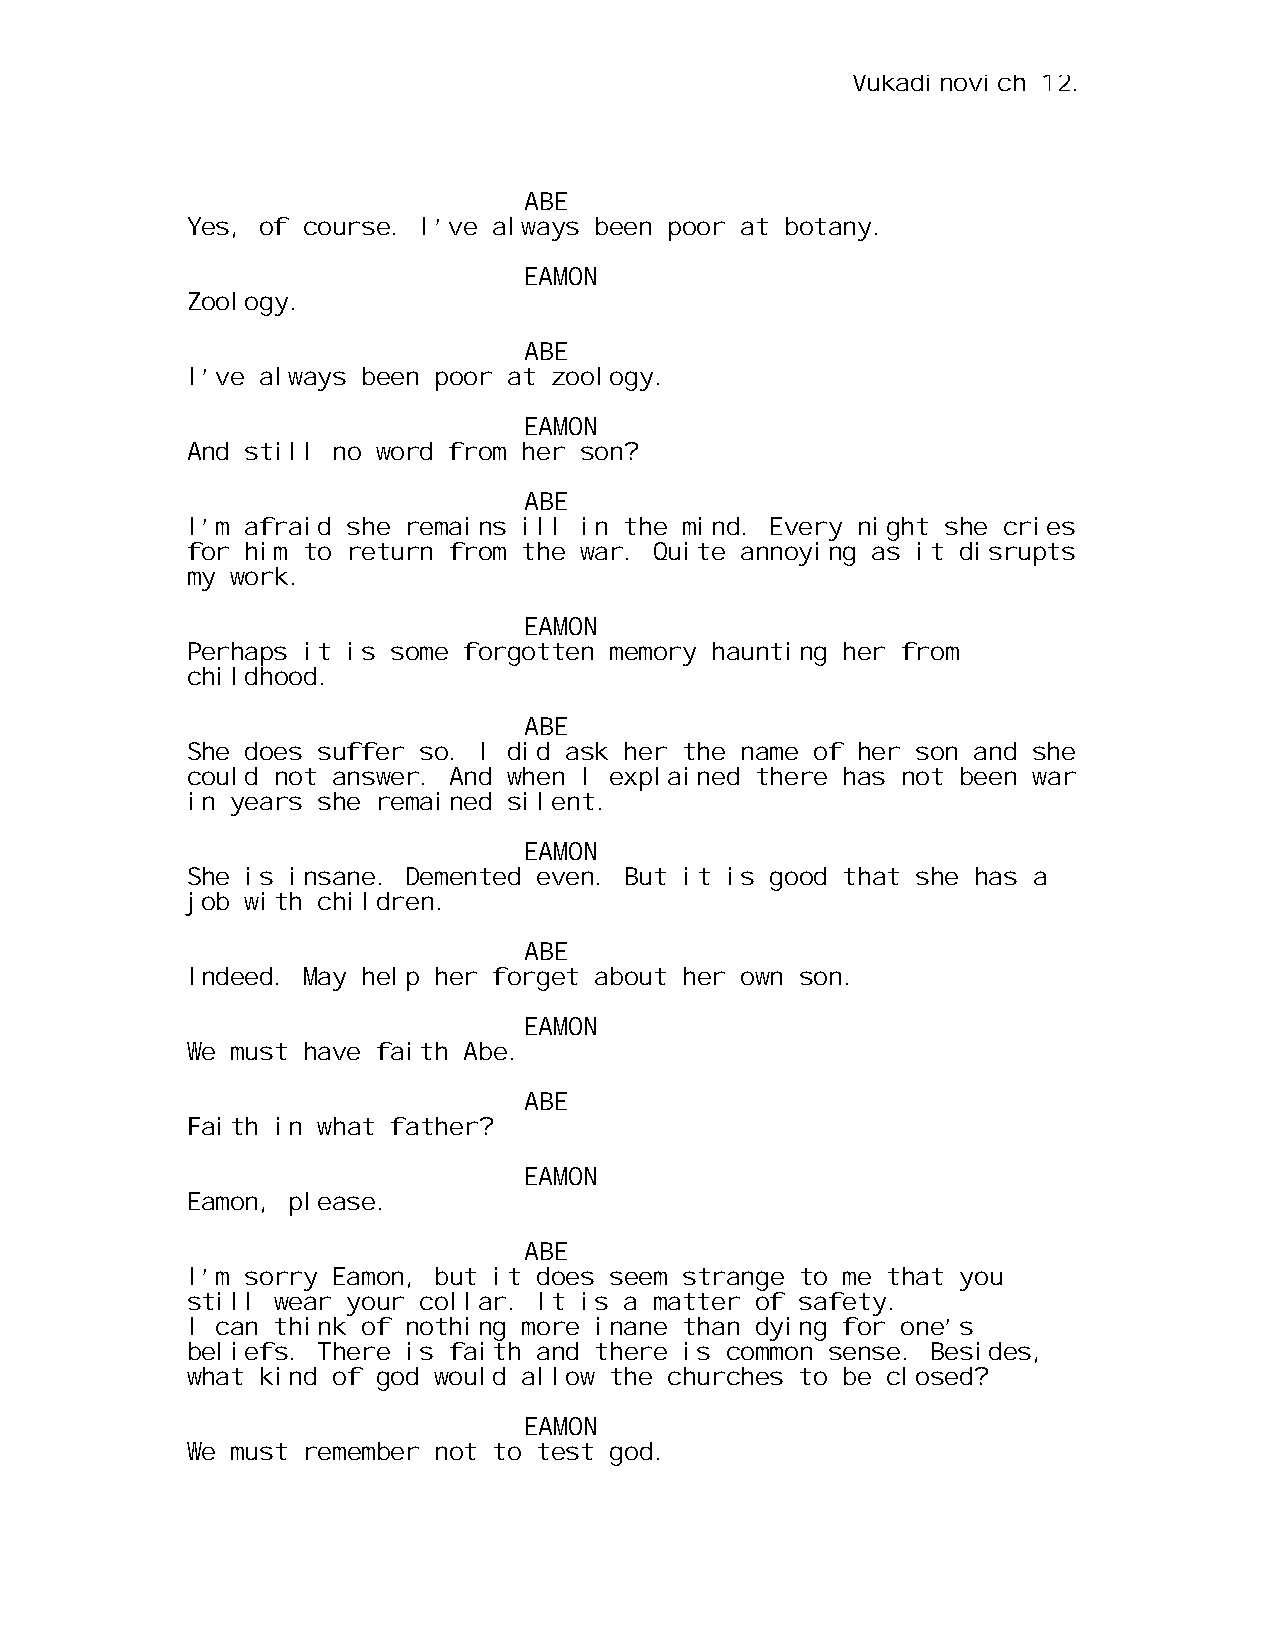
Vukadinovich 12.
 ABE
 Yes, of course. I’ve always been poor at botany.
 EAMON
 Zoology.
 ABE
 I’ve always been poor at zoology.
 EAMON
 And still no word from her son?
 ABE
 I’m afraid she remains ill in the mind. Every night she cries
 for him to return from the war. Quite annoying as it disrupts
 my work.
 EAMON
 Perhaps it is some forgotten memory haunting her from
 childhood.
 ABE
 She does suffer so. I did ask her the name of her son and she
 could not answer. And when I explained there has not been war
 in years she remained silent.
 EAMON
 She is insane. Demented even. But it is good that she has a
 job with children.
 ABE
 Indeed. May help her forget about her own son.
 EAMON
 We must have faith Abe.
 ABE
 Faith in what father?
 EAMON
 Eamon, please.
 ABE
 I’m sorry Eamon, but it does seem strange to me that you
 still wear your collar. It is a matter of safety.
 I can think of nothing more inane than dying for one’s
 beliefs. There is faith and there is common sense. Besides,
 what kind of god would allow the churches to be closed?
 EAMON
 We must remember not to test god.